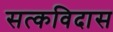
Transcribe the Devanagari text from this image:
सत्कविदास